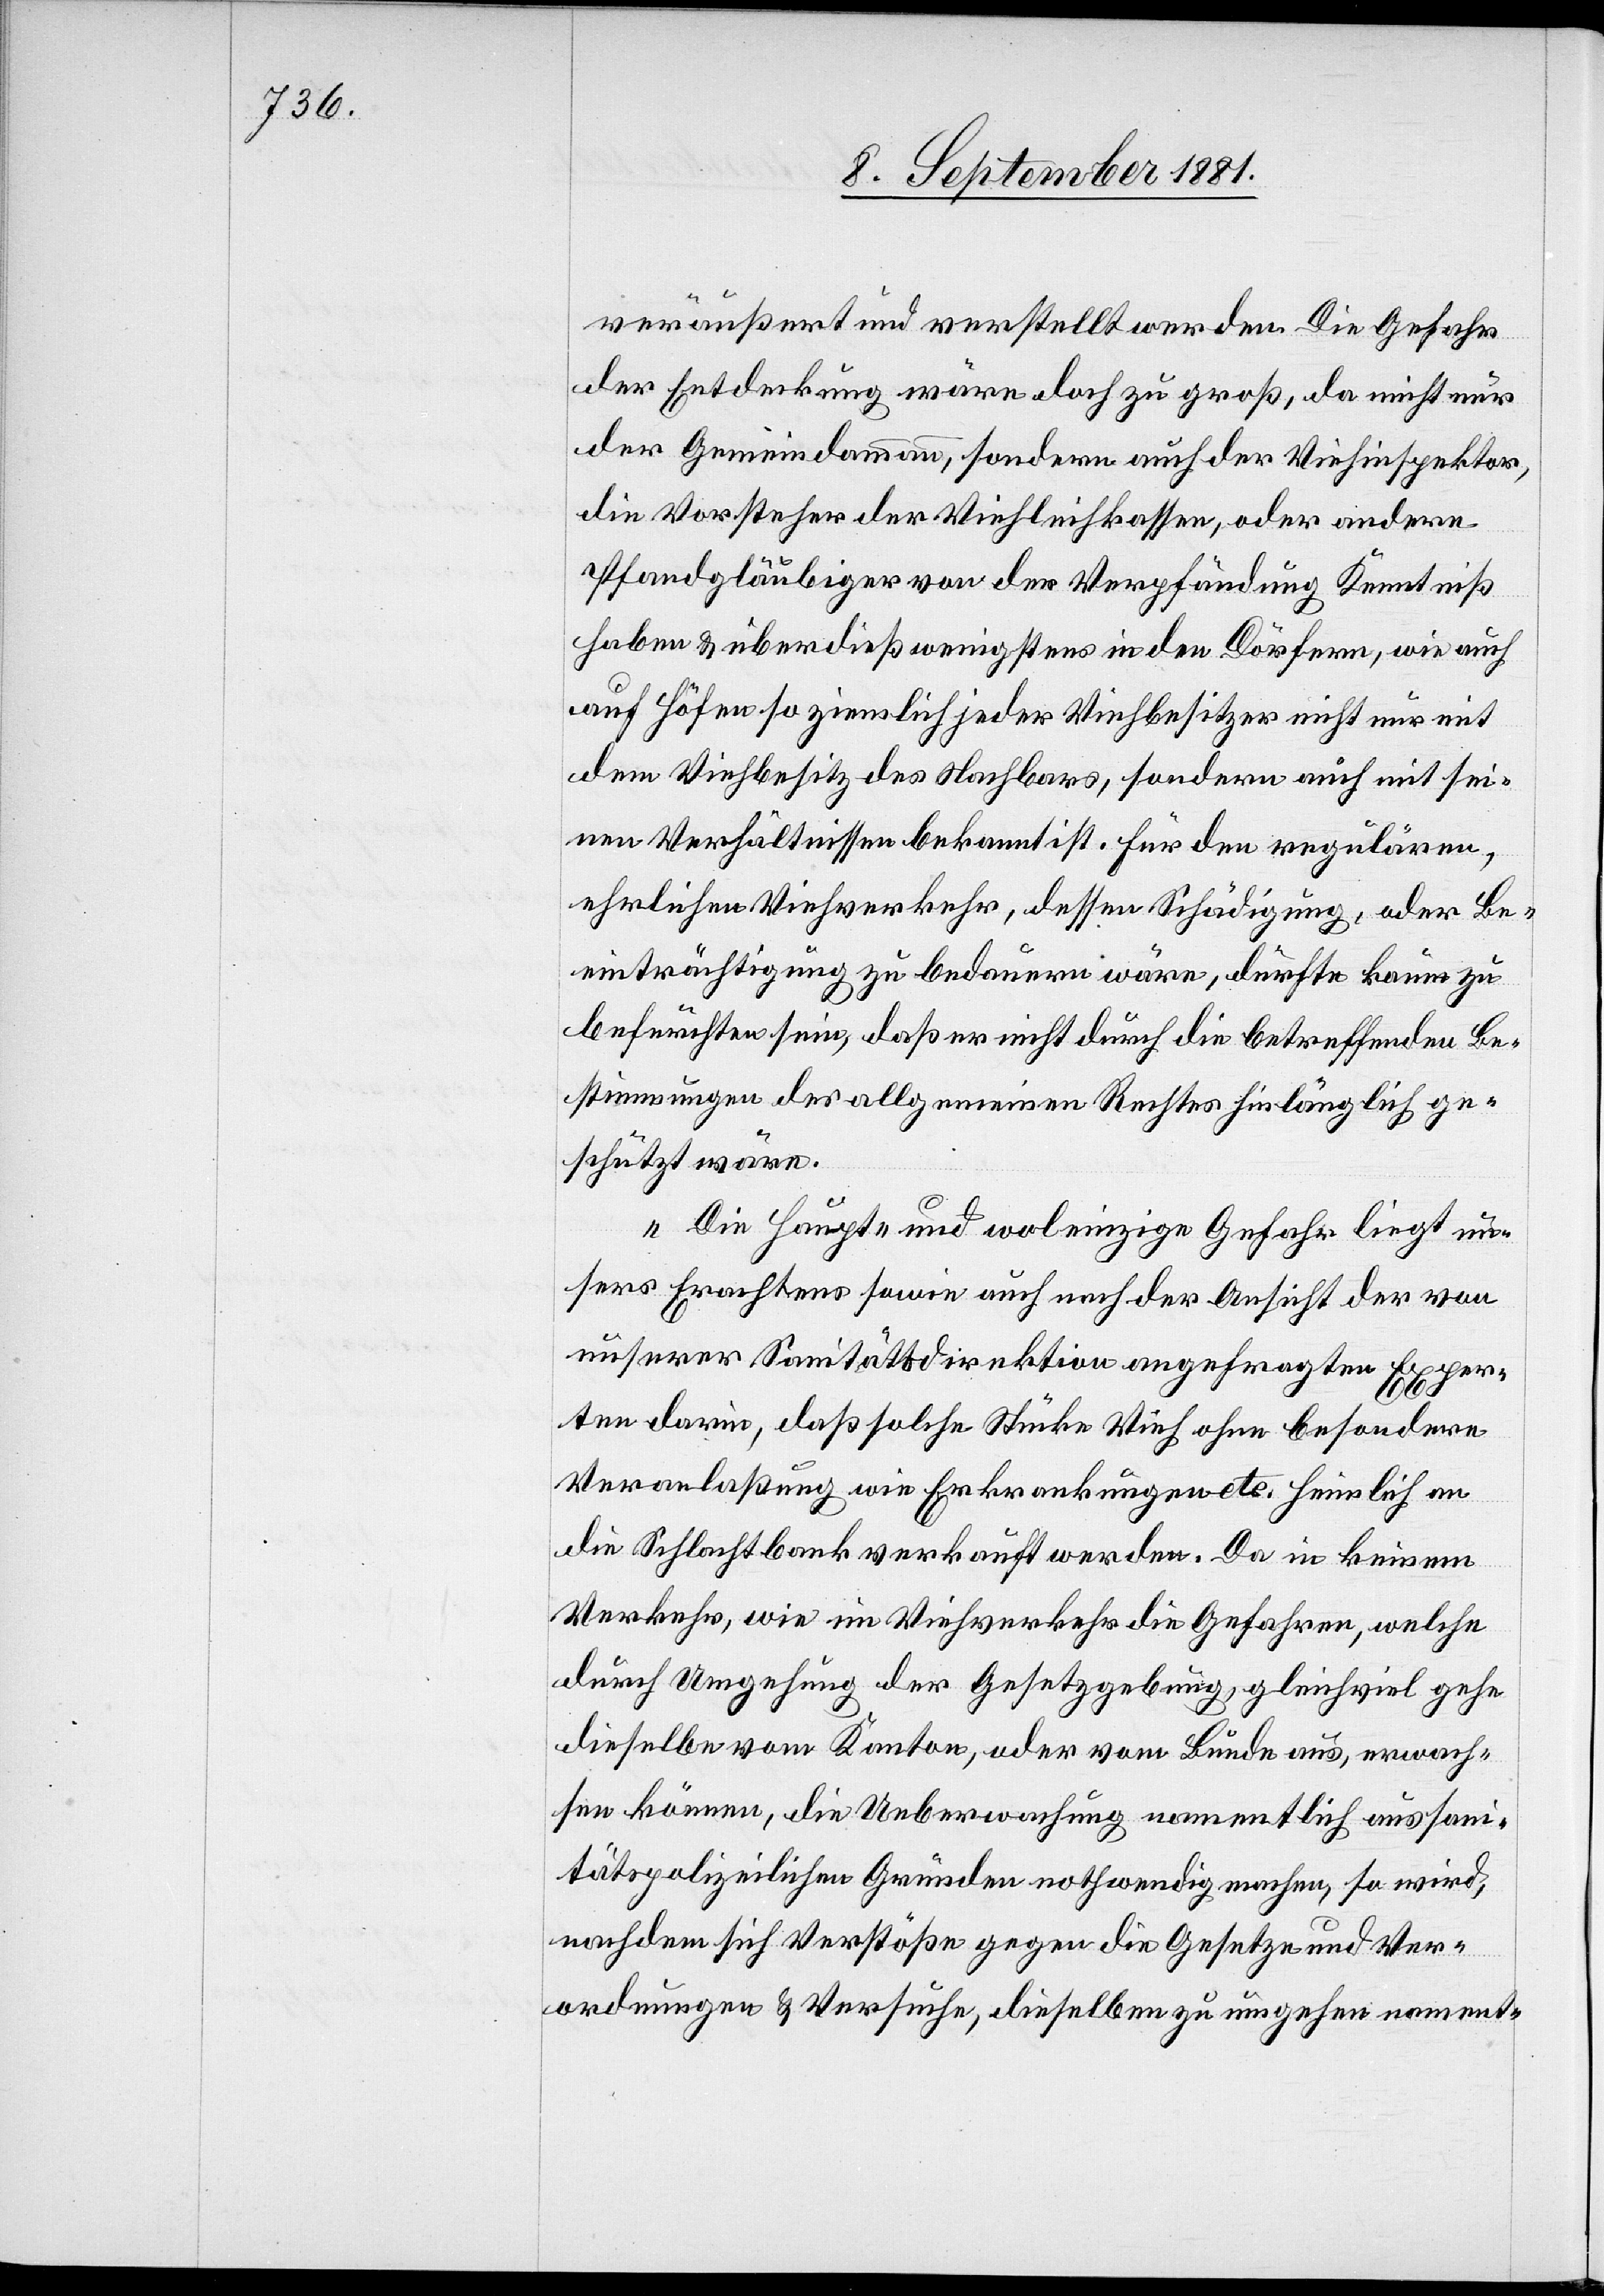
veräußert und verstellt werden. Die Gefahr
der Entdeckung wäre doch zu groß, da nicht nur
der Gemeindammann, sondern auch der Viehinspektor,
die Vorsteher der Viehleihkassen, oder andere
Pfandgläubiger von der Verpfändung Kenntniß
haben & überdieß wenigstens in den Dörfern, wie auch
auf Höfen so ziemlich jeder Viehbesitzer nicht nur mit
dem Viehbesitz des Nachbars, sondern auch mit sei¬
nen Verhältnissen bekannt ist. Für den regulären,
ehrlichen Viehverkehr, dessen Schädigung, oder Be¬
einträchtigung zu bedauern wäre, dürfte kaum zu
befürchten sein, daß er nicht durch die betreffenden Be¬
stimmungen des allgemeinen Rechts hinlänglich ge¬
schützt wäre.
Die Haupt- und wol einzige Gefahr liegt un¬
sers Erachtens sowie auch nach der Ansicht der von
unserer Sanitätsdirektion angefragten Exper¬
ten darin, daß solche Stücke Vieh ohne besondere
Veranlaßung wie Erkrankungen etc. heimlich an
die Schlachtbank verkauft werden. Da in keinem
Verkehr. wie im Viehverkehr die Gefahren, welche
durch Umgehung der Gesetzgebung, gleichviel gehe
dieselbe vom Kanton, oder vom Bunde aus, erwach¬
sen können, die Ueberwachung namentlich aus sani¬
tärpolizeilichen Gründen nothwendig machen, so wird,